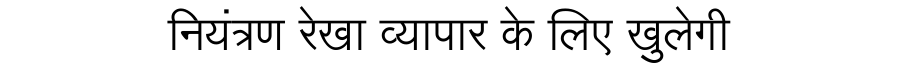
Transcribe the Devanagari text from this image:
नियंत्रण रेखा व्यापार के लिए खुलेगी